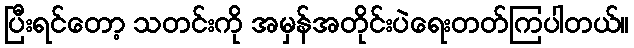
ပြီးရင်တော့ သတင်းကို အမှန်အတိုင်းပဲရေးတတ်ကြပါတယ်။